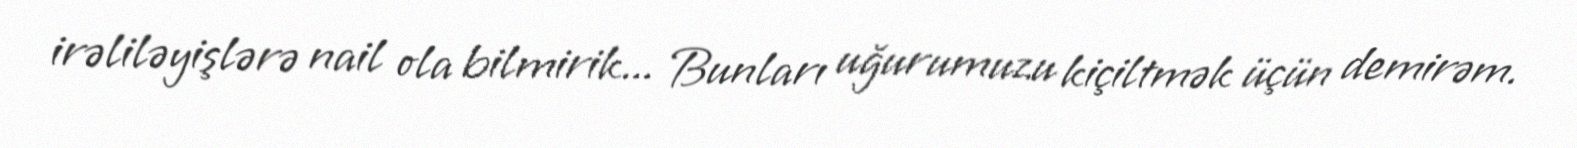
irəliləyişlərə nail ola bilmirik... Bunları uğurumuzu kiçiltmək üçün demirəm.